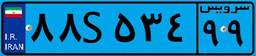
۴۱S۳۲۹۲۵